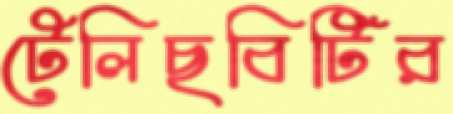
টেলিছবিটির